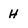
Character: H